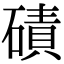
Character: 磧